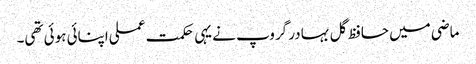
ماضی میں حافظ گل بہادر گروپ نے یہی حکمت عملی اپنائی ہوئی تھی۔